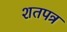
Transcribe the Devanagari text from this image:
शतपत्र